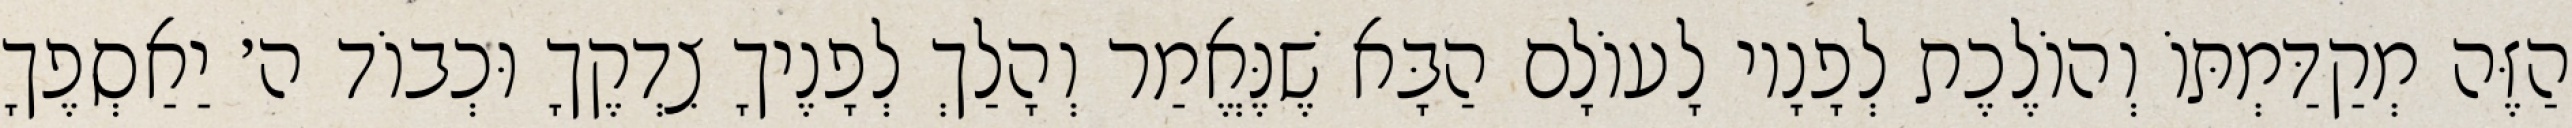
הַזֶּה מְקַדַּמְתּוֹ וְהוֹלֶכֶת לְפָנָיו לָעוֹלָם הַבָּא שֶׁנֶּאֱמַר וְהָלַךְ לְפָנֶיךָ צִדְקֶךָ וּכְבוֹד ה׳ יַאַסְפֶךָ